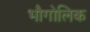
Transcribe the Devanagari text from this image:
भौगोलिक